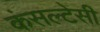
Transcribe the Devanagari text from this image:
कंसल्टेसी